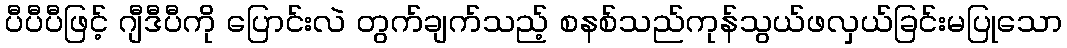
ပီပီပီဖြင့် ဂျီဒီပီကို ပြောင်းလဲ တွက်ချက်သည့် စနစ်သည်ကုန်သွယ်ဖလှယ်ခြင်းမပြုသော